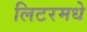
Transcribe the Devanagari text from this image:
लिटरमधे